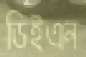
ডিইএন